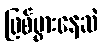
ဖြစ်ပွားနေဆဲ